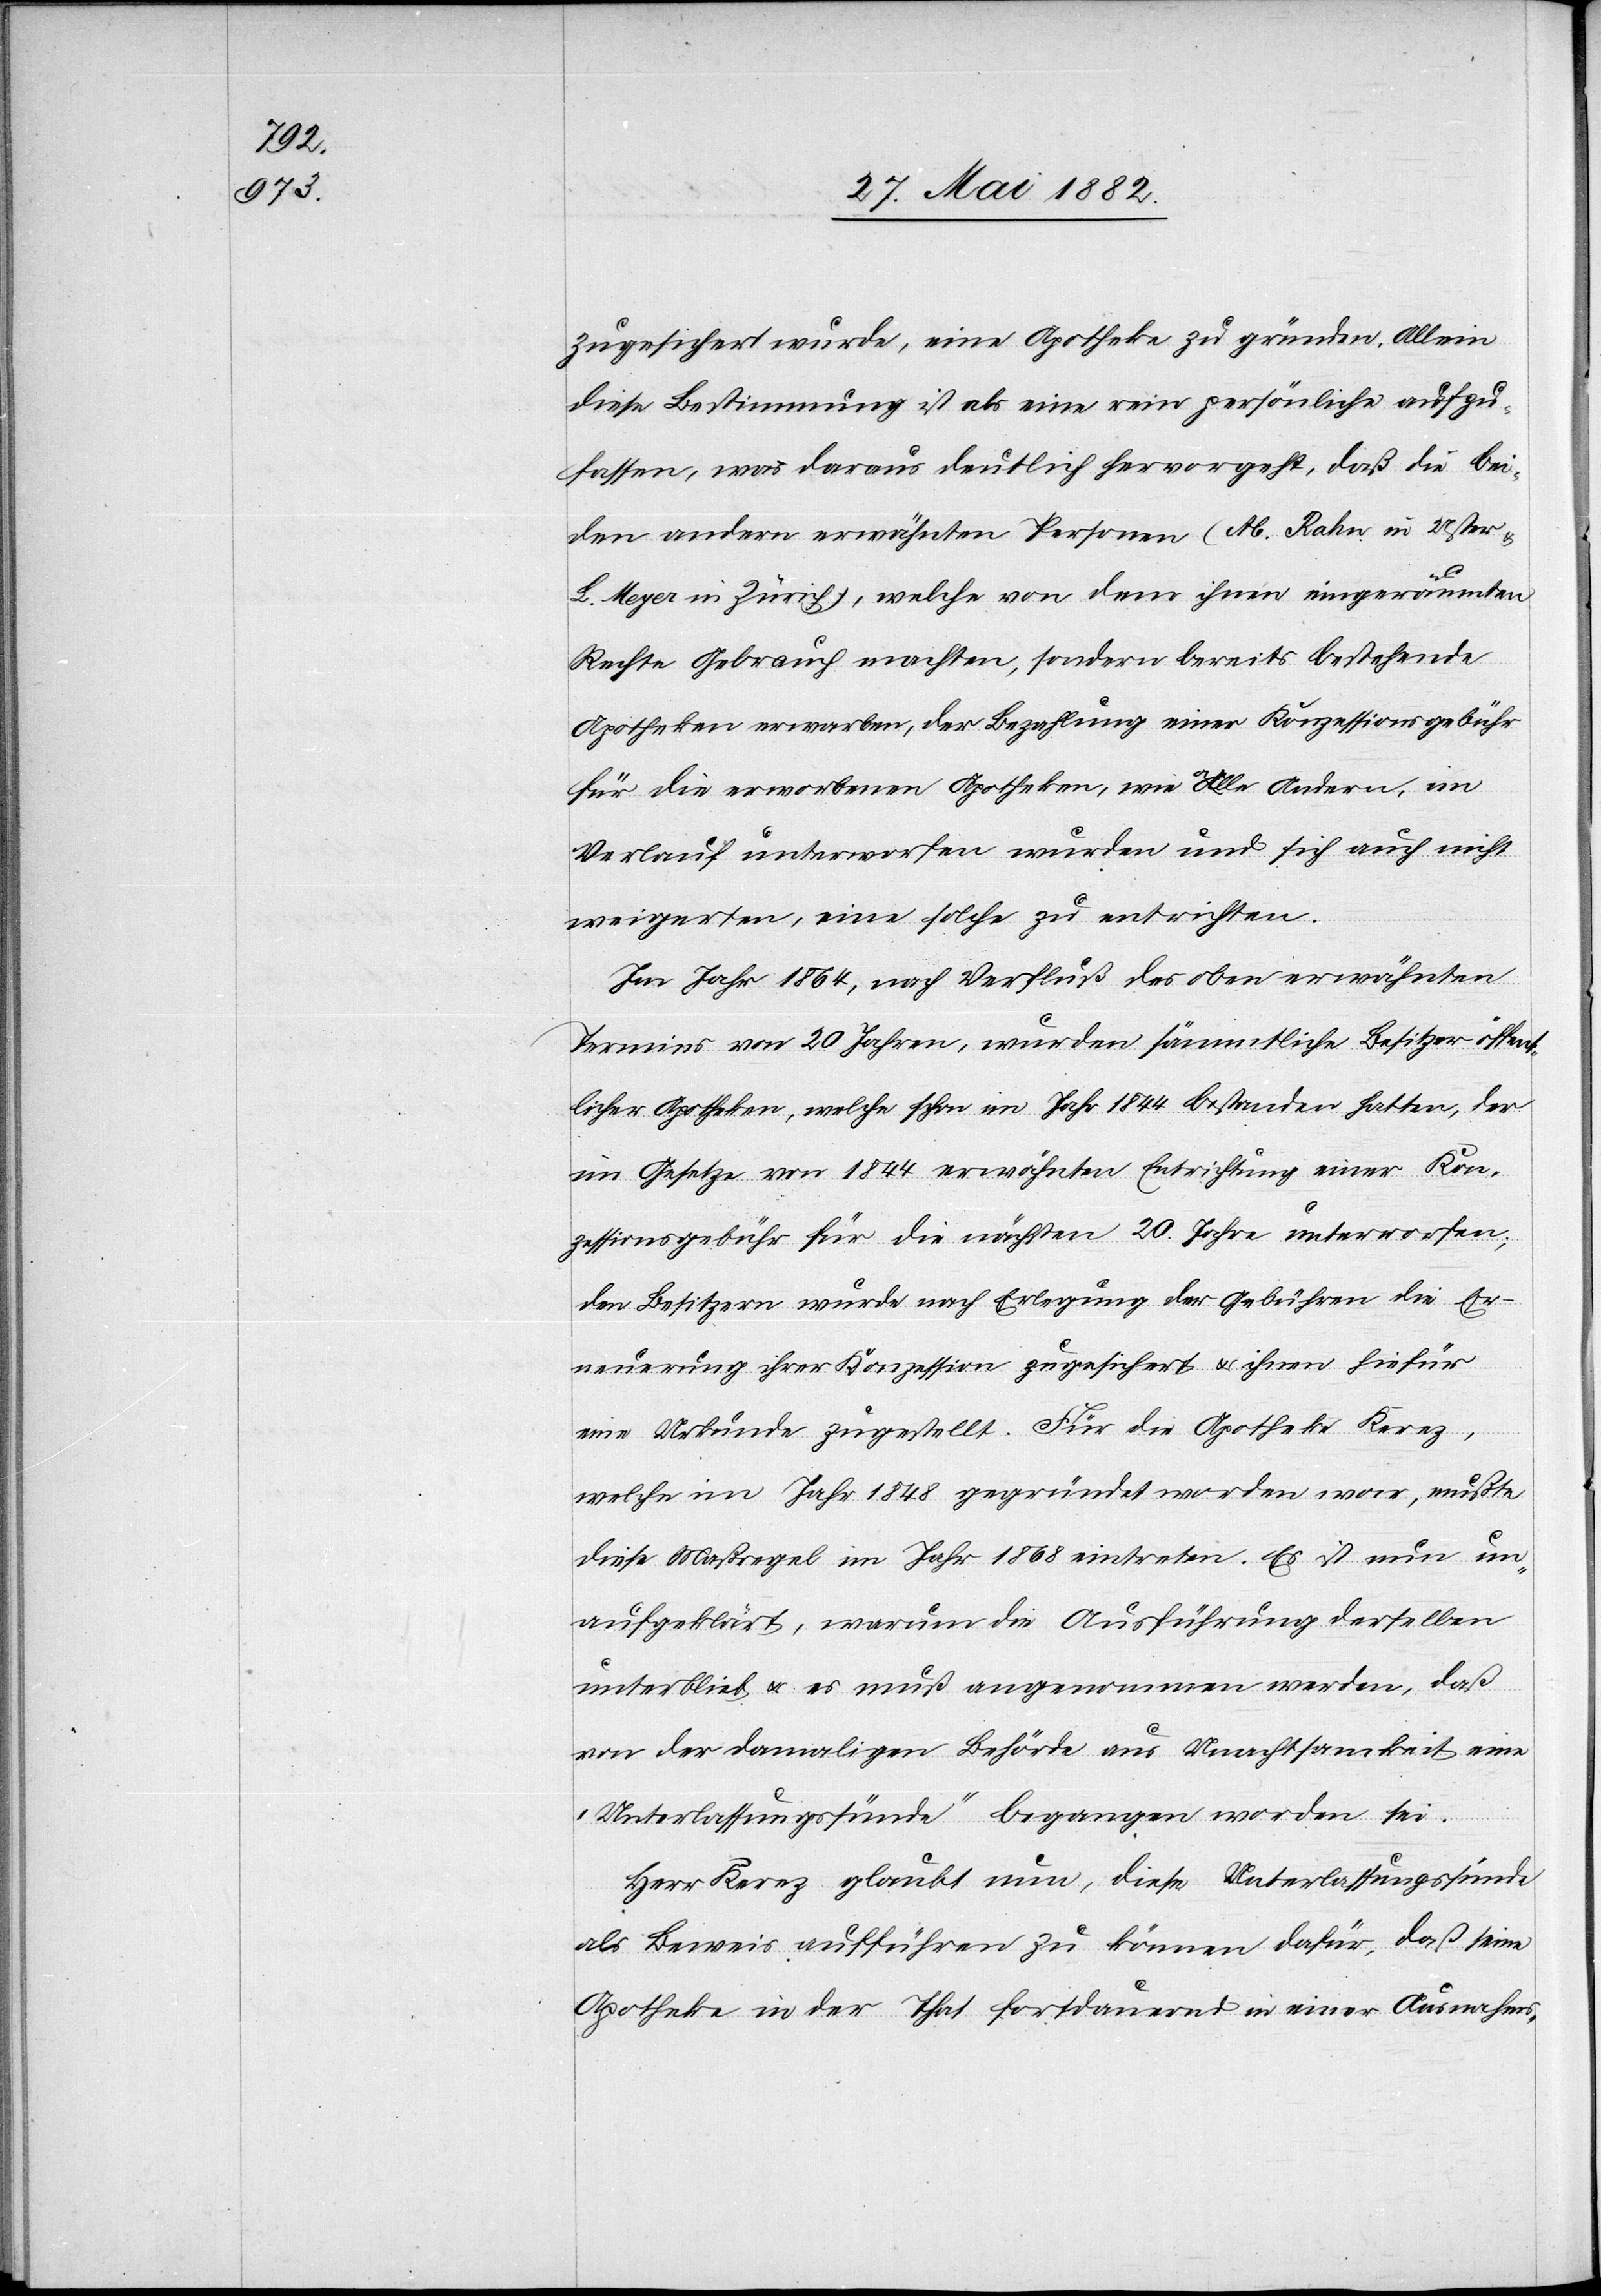
zugesichert wurde, eine Apotheke zu gründen. Allein
diese Bestimmung ist als eine rein persönliche aufzu¬
fassen, was daraus deutlich hervorgeht, daß die bei¬
den andern erwähnten Personen (Ab. Rahn in Uster
L. Meyer in Zürich), welche von dem ihnen eingeräumten
[keinen] Gebrauch machten, sondern bereits bestehende
Apotheken erwarben, der Bezahlung einer Konzessionsgebühr
für die erworbenen Apotheken, wie alle Andern, im
Verlauf unterworfen wurden und sich auch nicht
weigerten, eine solche zu entrichten.
Im Jahr 1864, nach Verfluß des oben erwähnten
Termines von 20 Jahren, wurden sämmtliche Besitzer öffent¬
licher Apotheken, welche schon im Jahr 1844 bestanden hatten, der
im Gesetze von 1844 erwähnten Entrichtung einer Kon¬
zessionsgebühr für die nächsten 20 Jahre unterworfen;
den Besitzern wurde nach Erlegung der Gebühren die Er¬
neuerung ihrer Konzession zugesichert & ihnen hiefür
eine Urkunde zugestellt. Für die Apotheke Kerez,
welche im Jahr 1848 gegründet worden war, mußte
diese Maßregel im Jahr 1868 eintreten. Es ist nun un¬
aufgeklärt, warum die Ausführung derselben
unterblieb u. es muß angenommen werden, daß
von der damaligen Behörde aus Unachtsamkeit eine
„Unterlassungssünde“ begangen worden sei.
Herr Kerez glaubt nun, diese Unterlassungssünde
als Beweis aufführen zu können dafür, daß seine
Apotheke in der That fortdauernd in einer Ausnahms-